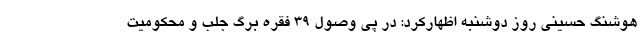
هوشنگ حسینی روز دوشنبه اظهارکرد: در پی وصول ۳۹ فقره برگ جلب و محکومیت